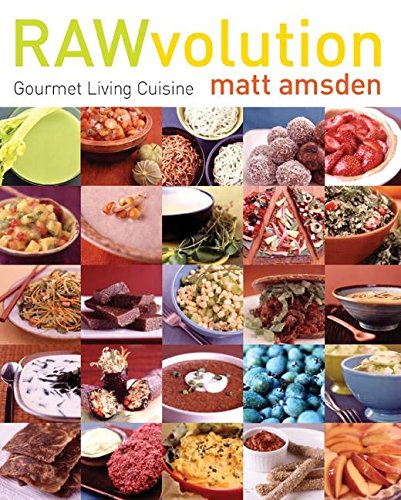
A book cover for RAWvolution: Gourmet Living Cuisine; Matt Amsden; Cookbooks, Food & Wine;